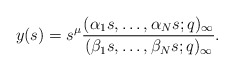
\begin{align*} y(s) = s^{\mu} \frac{(\alpha_1 s, \dots, \alpha_N s; q)_{\infty}}{(\beta_1 s, \dots, \beta_N s; q)_{\infty}} . \end{align*}